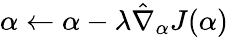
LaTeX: \alpha\leftarrow\alpha-\lambda{\hat{\nabla}_{\alpha}}J(\alpha)